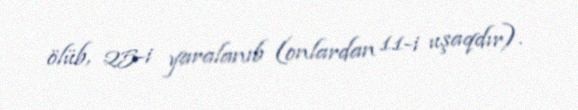
ölüb, 25-i yaralanıb (onlardan 11-i uşaqdır).